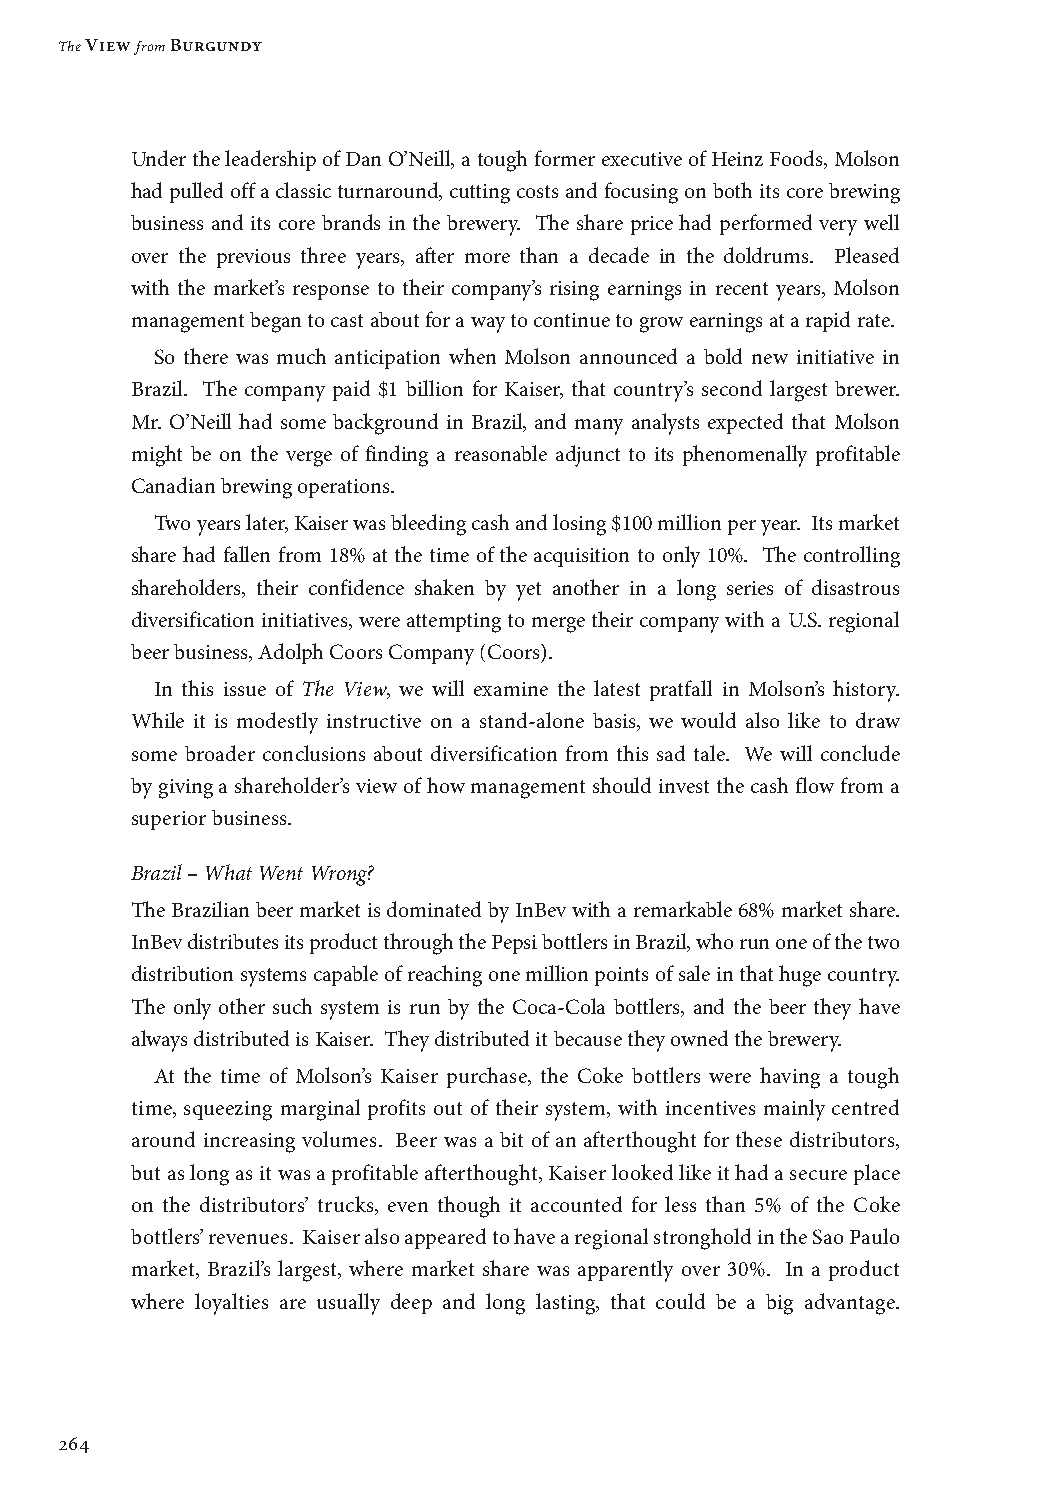
The View from Burgundy
 Under the leadership of Dan O’Neill, a tough former executive of Heinz Foods, Molson
 had pulled off a classic turnaround, cutting costs and focusing on both its core brewing
 business and its core brands in the brewery. The share price had performed very well
 over the previous three years, after more than a decade in the doldrums. Pleased
 with the market’s response to their company’s rising earnings in recent years, Molson
 management began to cast about for a way to continue to grow earnings at a rapid rate.
 So there was much anticipation when Molson announced a bold new initiative in
 Brazil. The company paid $1 billion for Kaiser, that country’s second largest brewer.
 Mr. O’Neill had some background in Brazil, and many analysts expected that Molson
 might be on the verge of finding a reasonable adjunct to its phenomenally profitable
 Canadian brewing operations.
 Two years later, Kaiser was bleeding cash and losing $100 million per year. Its market
 share had fallen from 18% at the time of the acquisition to only 10%. The controlling
 shareholders, their confidence shaken by yet another in a long series of disastrous
 diversification initiatives, were attempting to merge their company with a U.S. regional
 beer business, Adolph Coors Company (Coors).
 In this issue of The View, we will examine the latest pratfall in Molson’s history.
 While it is modestly instructive on a stand-alone basis, we would also like to draw
 some broader conclusions about diversification from this sad tale. We will conclude
 by giving a shareholder’s view of how management should invest the cash flow from a
 superior business.
 Brazil – What Went Wrong?
 The Brazilian beer market is dominated by InBev with a remarkable 68% market share.
 InBev distributes its product through the Pepsi bottlers in Brazil, who run one of the two
 distribution systems capable of reaching one million points of sale in that huge country.
 The only other such system is run by the Coca-Cola bottlers, and the beer they have
 always distributed is Kaiser. They distributed it because they owned the brewery.
 At the time of Molson’s Kaiser purchase, the Coke bottlers were having a tough
 time, squeezing marginal profits out of their system, with incentives mainly centred
 around increasing volumes. Beer was a bit of an afterthought for these distributors,
 but as long as it was a profitable afterthought, Kaiser looked like it had a secure place
 on the distributors’ trucks, even though it accounted for less than 5% of the Coke
 bottlers’ revenues. Kaiser also appeared to have a regional stronghold in the Sao Paulo
 market, Brazil’s largest, where market share was apparently over 30%. In a product
 where loyalties are usually deep and long lasting, that could be a big advantage.
 264